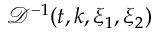
\mathcal { D } ^ { - 1 } ( t , k , \xi _ { 1 } , \xi _ { 2 } )